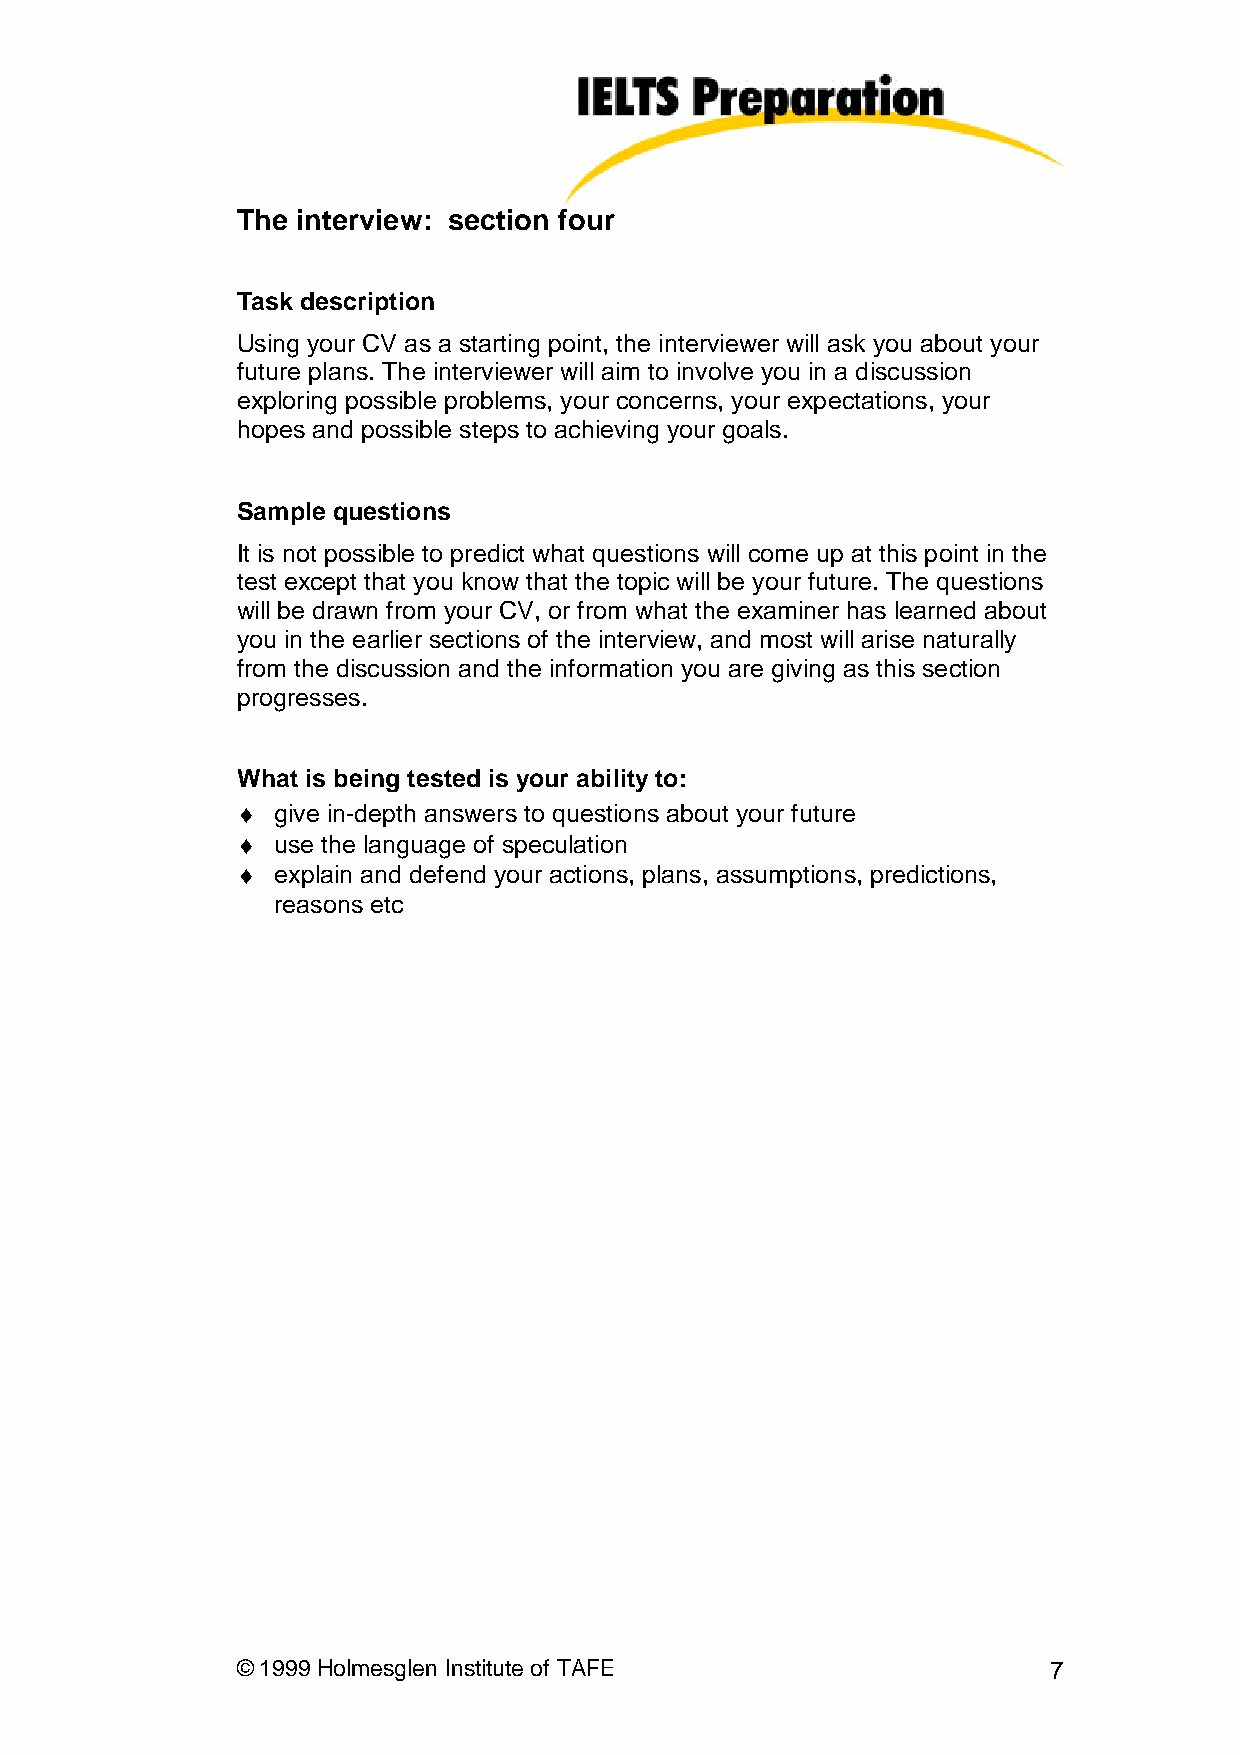
The interview: section four
 Task description
 Using your CV as a starting point, the interviewer will ask you about your
 future plans. The interviewer will aim to involve you in a discussion
 exploring possible problems, your concerns, your expectations, your
 hopes and possible steps to achieving your goals.
 Sample questions
 It is not possible to predict what questions will come up at this point in the
 test except that you know that the topic will be your future. The questions
 will be drawn from your CV, or from what the examiner has learned about
 you in the earlier sections of the interview, and most will arise naturally
 from the discussion and the information you are giving as this section
 progresses.
 What is being tested is your ability to:
 ¤ give in-depth answers to questions about your future
 ¤ use the language of speculation
 ¤ explain and defend your actions, plans, assumptions, predictions,
 reasons etc
 © 1999 Holmesglen Institute of TAFE                  7